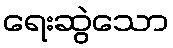
ရေးဆွဲသော